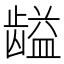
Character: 𱌽